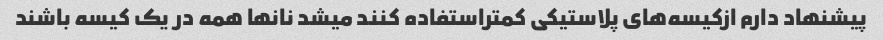
پیشنهاد دارم ازکیسه‌های پلاستیکی کمتراستفاده کنند میشد نانها همه در یک کیسه باشند